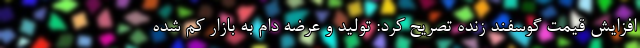
افزایش قیمت گوسفند زنده تصریح کرد: تولید و عرضه دام به بازار کم شده